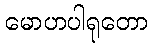
မောဟပါရုတော